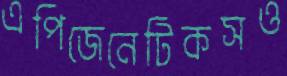
এপিজেনেটিকসও